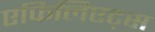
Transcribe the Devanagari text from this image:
एफिलिएट्स